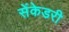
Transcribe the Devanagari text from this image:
सेंकेडरी